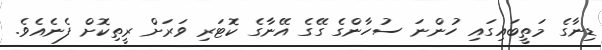
ޑިނާގެ މަތީބައިގައި ހުންނަ ސުހާންގެ ގޭގެ އޭނާގެ ކޮޓަރި ވަރަށް ރީތިކޮށް ފެނެއެވެ.